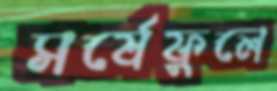
সর্ষেফুলে